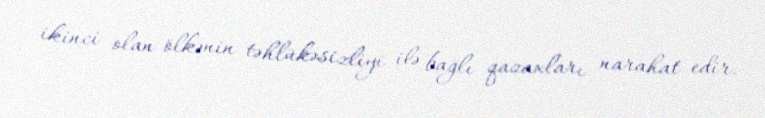
ikinci olan ölkənin təhlükəsizliyi ilə bağlı qazaxları narahat edir.